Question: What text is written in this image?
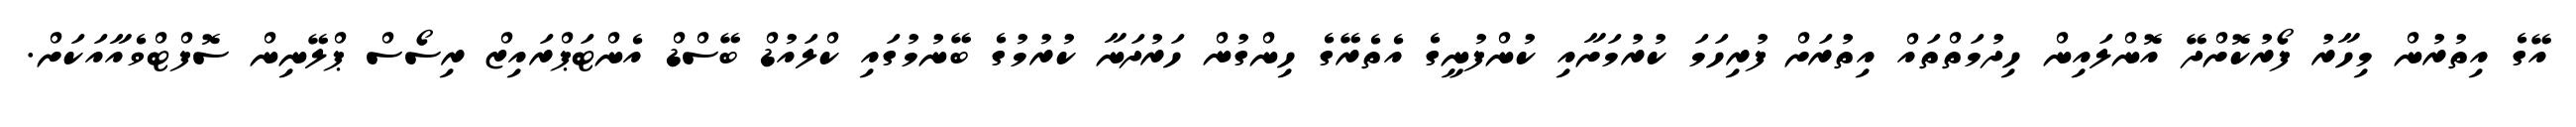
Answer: އޭގެ އިތުރުން މިހާރު ފޯރުކޮށްދޭ އޮންލައިން ހިދުމަތްތައް އިތުރަށް ފުރިހަމަ ކުރުމަށާއި ކުންފުނީގެ އެތެރޭގެ ހިންގުން ހަރުދަނާ ކުރުމުގެ ބޭނުމުގައި ކްލައުޑް ބޭސްޑް އެންޓަޕްރައިޒް ރިސޯސް ޕްލޭނިން ސޮފްޓްވެއާއަކަށް.